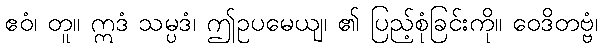
ဧဝံ၊ တူ။ ဣဒံ သမ္ပဒံ၊ ဤဥပမေယျ၊ ၏ ပြည့်စုံခြင်းကို။ ဝေဒိတဗ္ဗံ၊